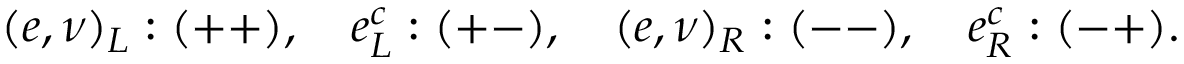
( e , \nu ) _ { L } : ( + + ) , \quad e _ { L } ^ { c } : ( + - ) , \quad ( e , \nu ) _ { R } : ( -- ) , \quad e _ { R } ^ { c } : ( - + ) .